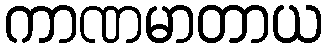
ကာဏမာတာယ